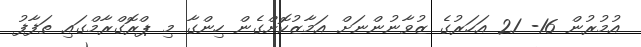
އުމުރުން 16- 21 އަހަރުގެ ޒުވާނުންނަށް އަމާޒުކޮށްގެން ހިންގާ މި ޕްރޮގްރާމްގައި ތަފާފު